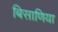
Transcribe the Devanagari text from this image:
बिसाणिया